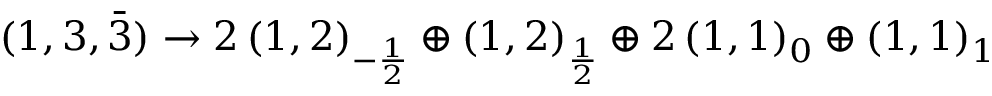
( 1 , 3 , { \bar { 3 } } ) \rightarrow 2 \, ( 1 , 2 ) _ { - { \frac { 1 } { 2 } } } \oplus ( 1 , 2 ) _ { \frac { 1 } { 2 } } \oplus 2 \, ( 1 , 1 ) _ { 0 } \oplus ( 1 , 1 ) _ { 1 }